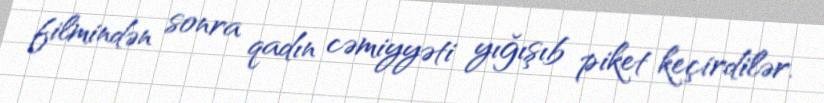
filmindən sonra qadın cəmiyyəti yığışıb piket keçirdilər.